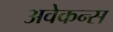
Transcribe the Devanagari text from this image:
अवेकन्स